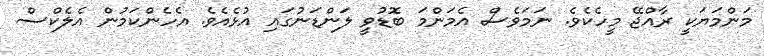
މަންމަޔަކީ ރާއްޖޭ މީހެކެވެ. ނަމަވެސް އެމަންމަ ބޮޑުވީ ލަންޑަނުގައި އުޅެއެވެ. އެހެންކަމުން އެލެކްސް